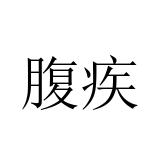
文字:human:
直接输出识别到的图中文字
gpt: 腹疾